Vaccine operations Central Provinces & Berar 1912-1920 - 1912-1920
Year: 1912
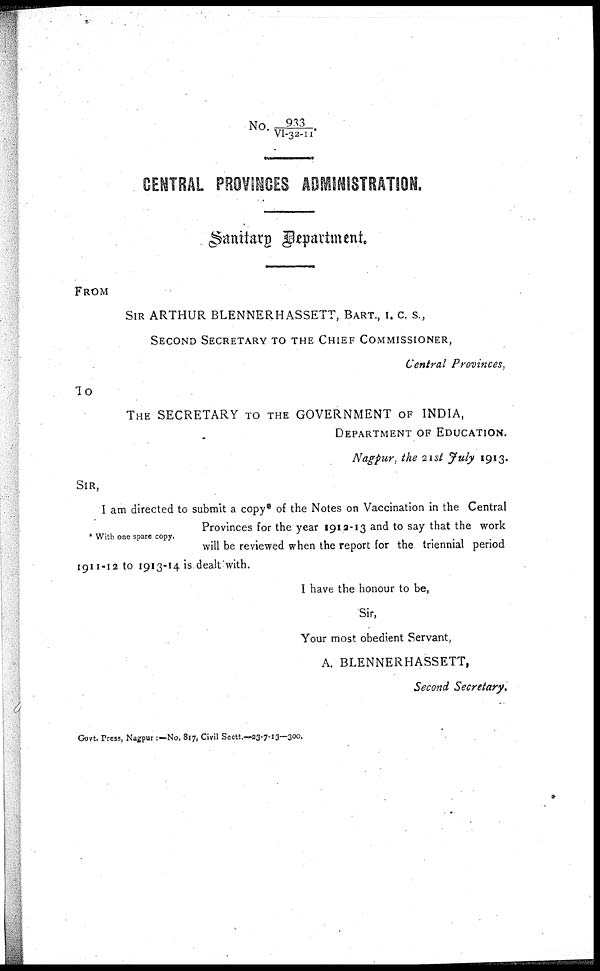
No.933/VI-32-11.
CENTRAL PROVINCES ADMINISTRATION.
Sanitary Department.
FROM
SIR ARTHUR BLENNERHASSETT, BART., I. C. S.,
SECOND SECRETARY TO THE CHIEF COMMISSIONER,
Central Provinces,
T0
THE SECRETARY TO THE GOVERNMENT OF INDIA,
DEPARTMENT OF EDUCATION.
Nagpur, the 21st July 1913.
SIR,
* With one spare copy.
I am directed to submit a copy* of the Notes on Vaccination in the Central
Provinces for the year 1912-13 and to say that the work
will be reviewed when the report for the triennial period
1911-12 to 1913-14 is dealt with.
I have the honour to be,
Sir,
Your most obedient Servant,
A. BLENNERHASSETT,
Second Secretary.
Govt. Press, Nagpur :—No. 817, Civil Sectt.—23-7-13—300.